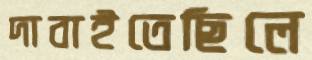
দাবাইতেছিলে